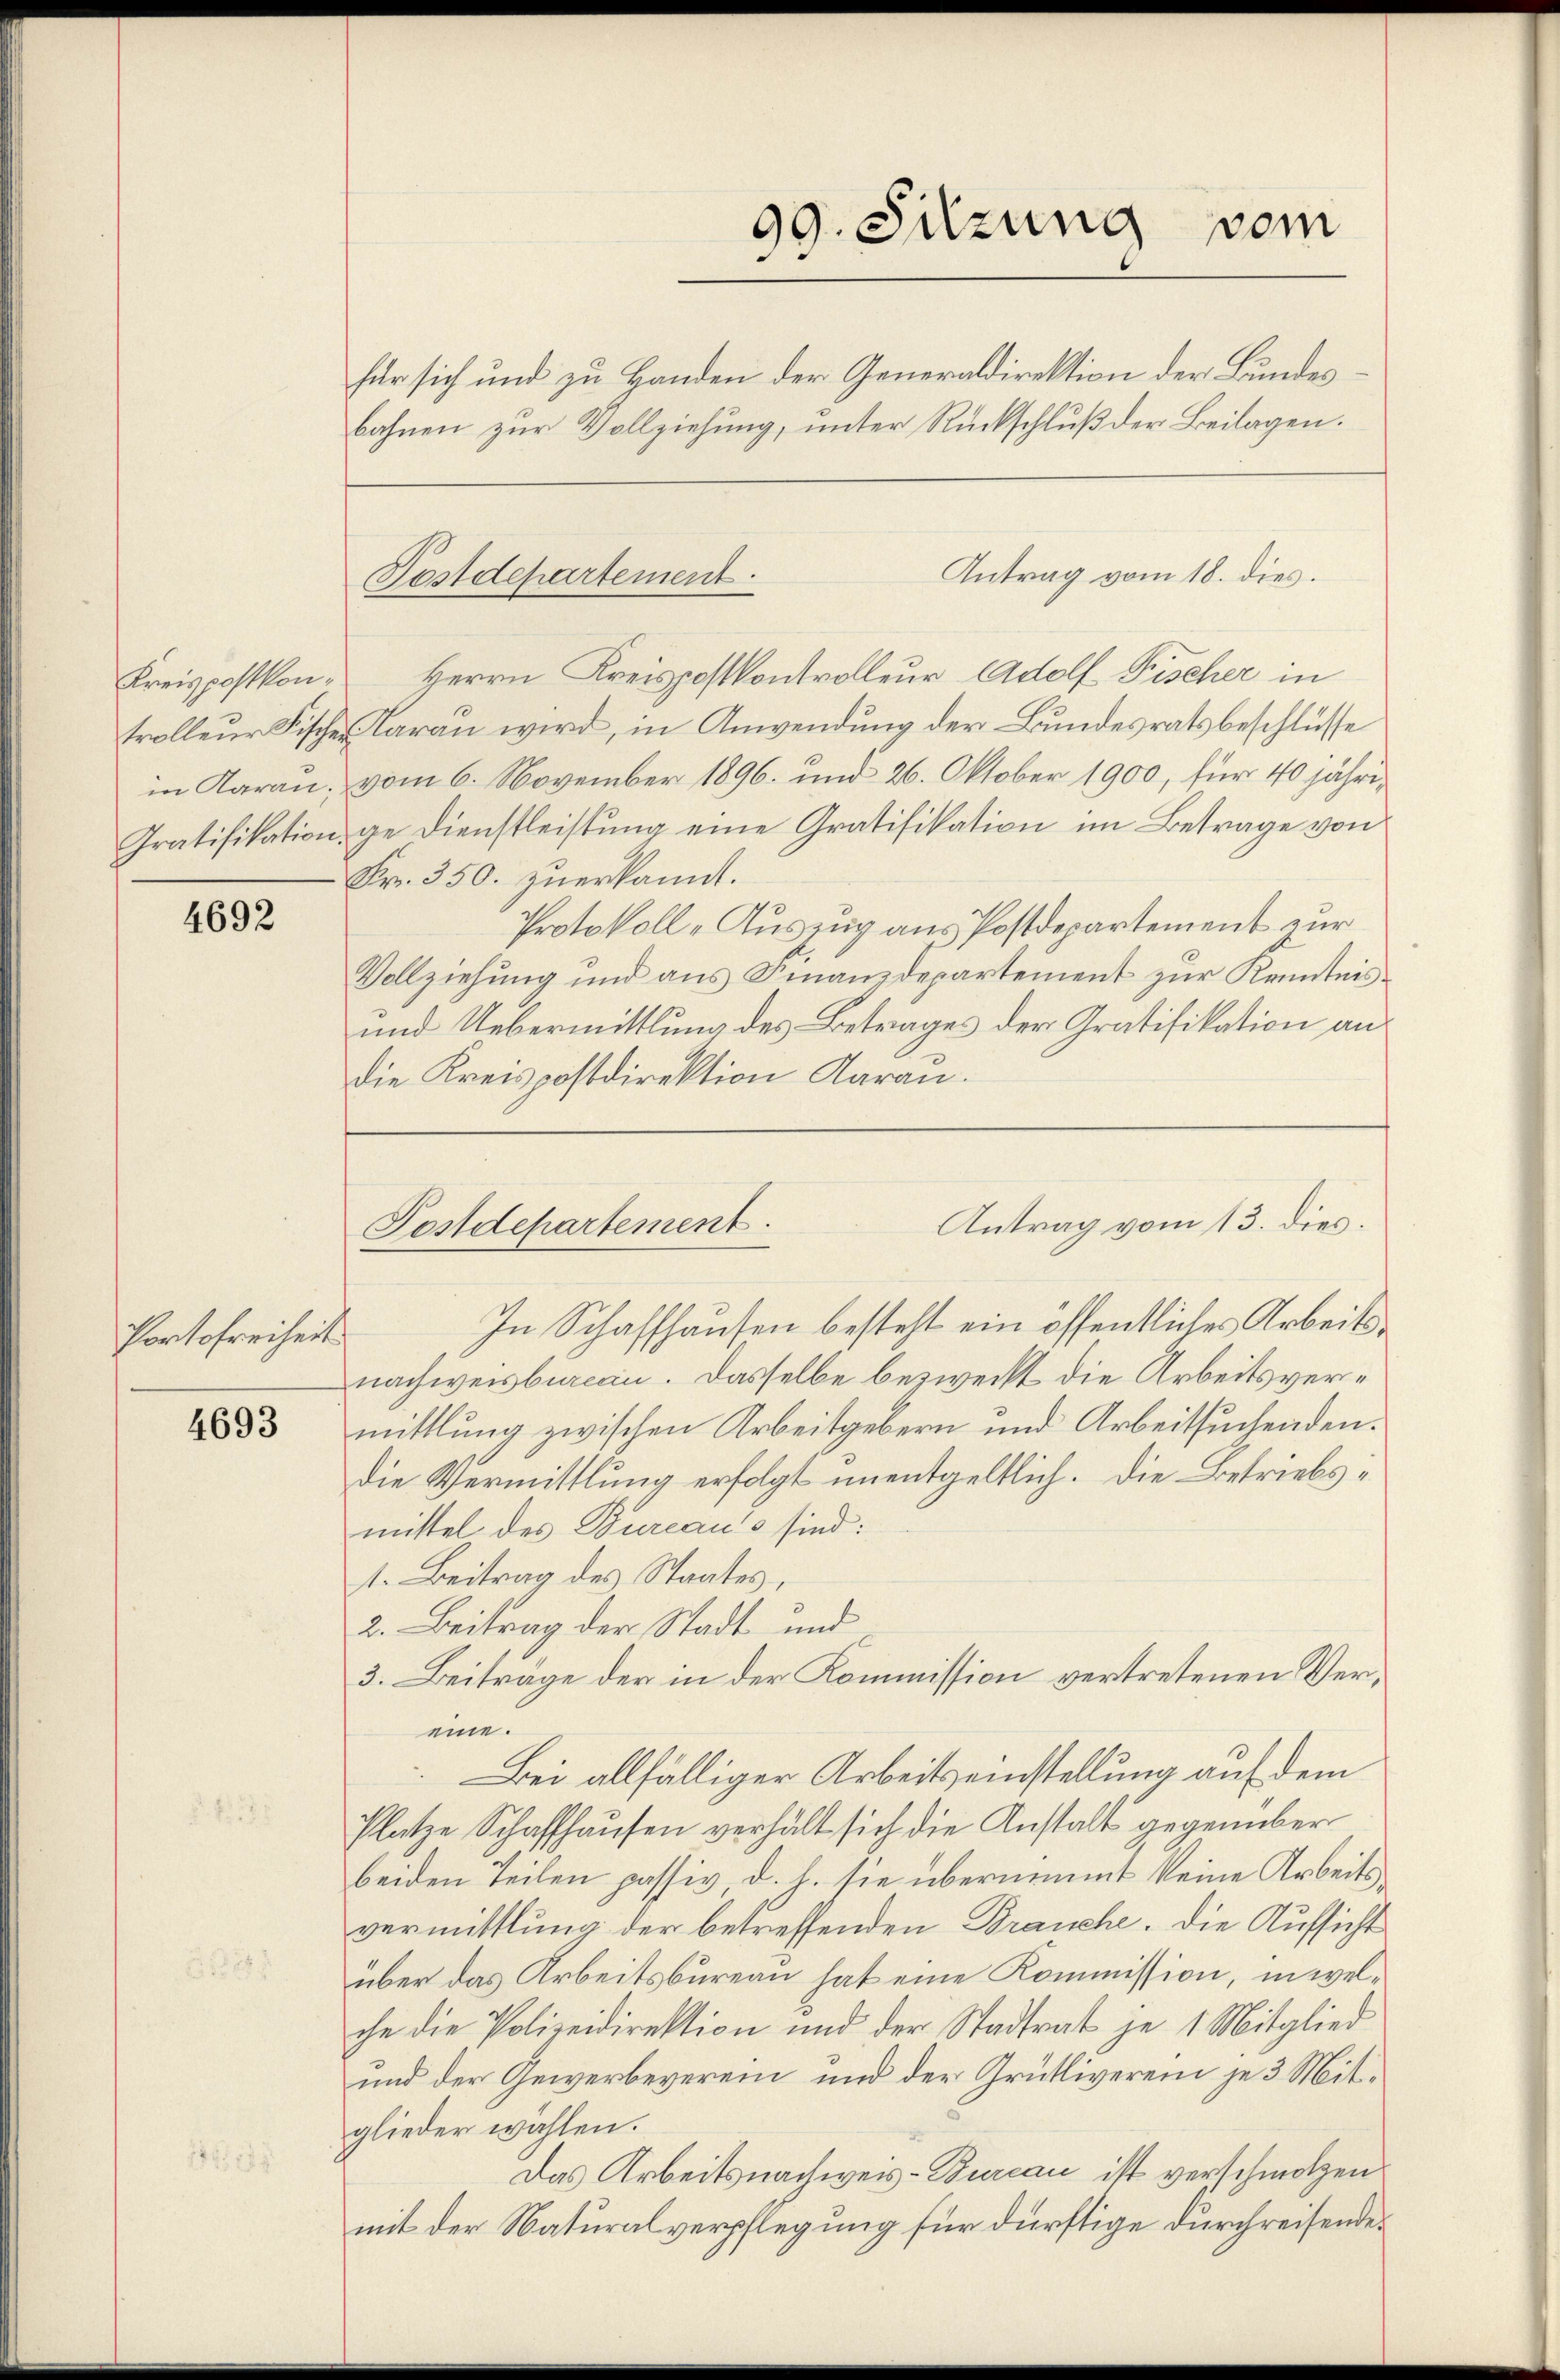
Kreispostkon¬

4692

Portofreiheit

4693

für sich und zu Handen der Generaldirektion der Bundesbahnen zur Vollziehung, unter Rückschluß der Beilagen.
Antrag vom 18. dies
Herrn Kreispostkontrolleur Adolf Fischer in
trolleur Fischen Aarau wird, in Anwendung der Bundesratsbeschlüsse
in Aarau, vom 6. November 1896. und 26. Oktober 1900, für 40 jähri¬
Gratifikation ge Dienstleistung eine Gratifikation im Betrage von
Fr. 350. zuerkannt.
In Schaffhausen besteht ein öffentliches Arbeitsnachweisbarcan. Dasselbe bezweckt die Arbeitsvermittlung zwischen Arbeitgebern und Arbeitsuchenden.
die Vermittlung erfolgt unentgeltlich. Die Betriebsmittel des Bureaus sind:
1. Beitrag des Staates,
2. Beitrag der Stadt und
3. Beitrage der in der Kommission vertretenen Vereine.
Bei allfälliger Arbeitseinstellung auf dem
Platze Schaffhausen verhält sich die Anstalt gegenüber
beiden Teilen passiv d. h. sie übernimmt keine Arbeitsvermittlung der betreffenden Brauche. Die Aufsicht
über das Arbeitsbureau hat eine Kommission, in welche die Polizeidirektion und der Stadtrat je 1 Mitglied
und der Gewerbeverein und der Grütliverein je 3 Mitglieder wählen.
Das Arbeitsnachweis-Bureau ist verschmolzen
mit der Naturalverpflegung für dürftige durchreisende

Postdepartement.

Protokoll-Auszug aus Postdepartement zur
Vollziehung und aus Finanzdepartement zur Kenntnis¬
und Uebermittlung des Betrages der Gratifikation andie Kreispostdirektion Aarau.

99. Sitzung vom

Antrag vom 13. dies.
Postdepartement.